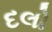
દલો